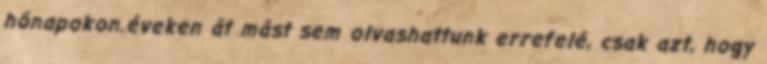
hónapokon.éveken át mást sem olvashattunk errefelé, csak azt, hogy